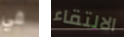
في الالتقاء